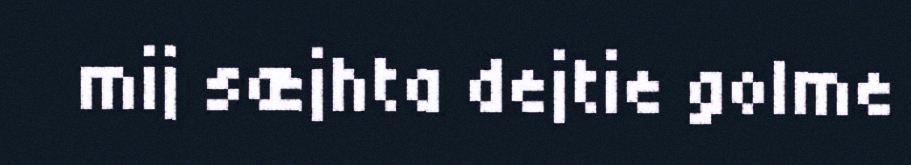
mij sæjhta dejtie golme